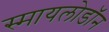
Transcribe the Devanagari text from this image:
स्मायलोडॉन